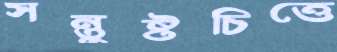
সন্তুষ্টচিত্তে